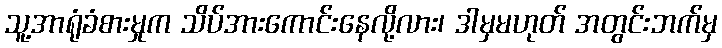
သူ့အာရုံခံစားမှုက သိပ်အားကောင်းနေလို့လား၊ ဒါမှမဟုတ် အတွင်းဘက်မှ